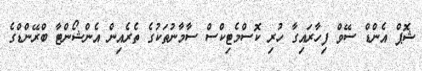
ޝޮޕް އެންޑް ސޭވް ފިހާރައިގާ ހުރި ކޮސްމެޓިކްސް ސާމާނުތަކުގެ ތެރެއިން އެންޝޯންޓާ ބްރޭންޑްގެ